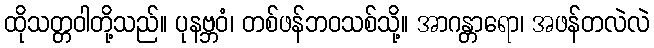
ထိုသတ္တဝါတို့သည်။ ပုနဗ္ဘဝံ၊ တစ်ဖန်ဘဝသစ်သို့။ အာဂန္တာရော၊ အဖန်တလဲလဲ